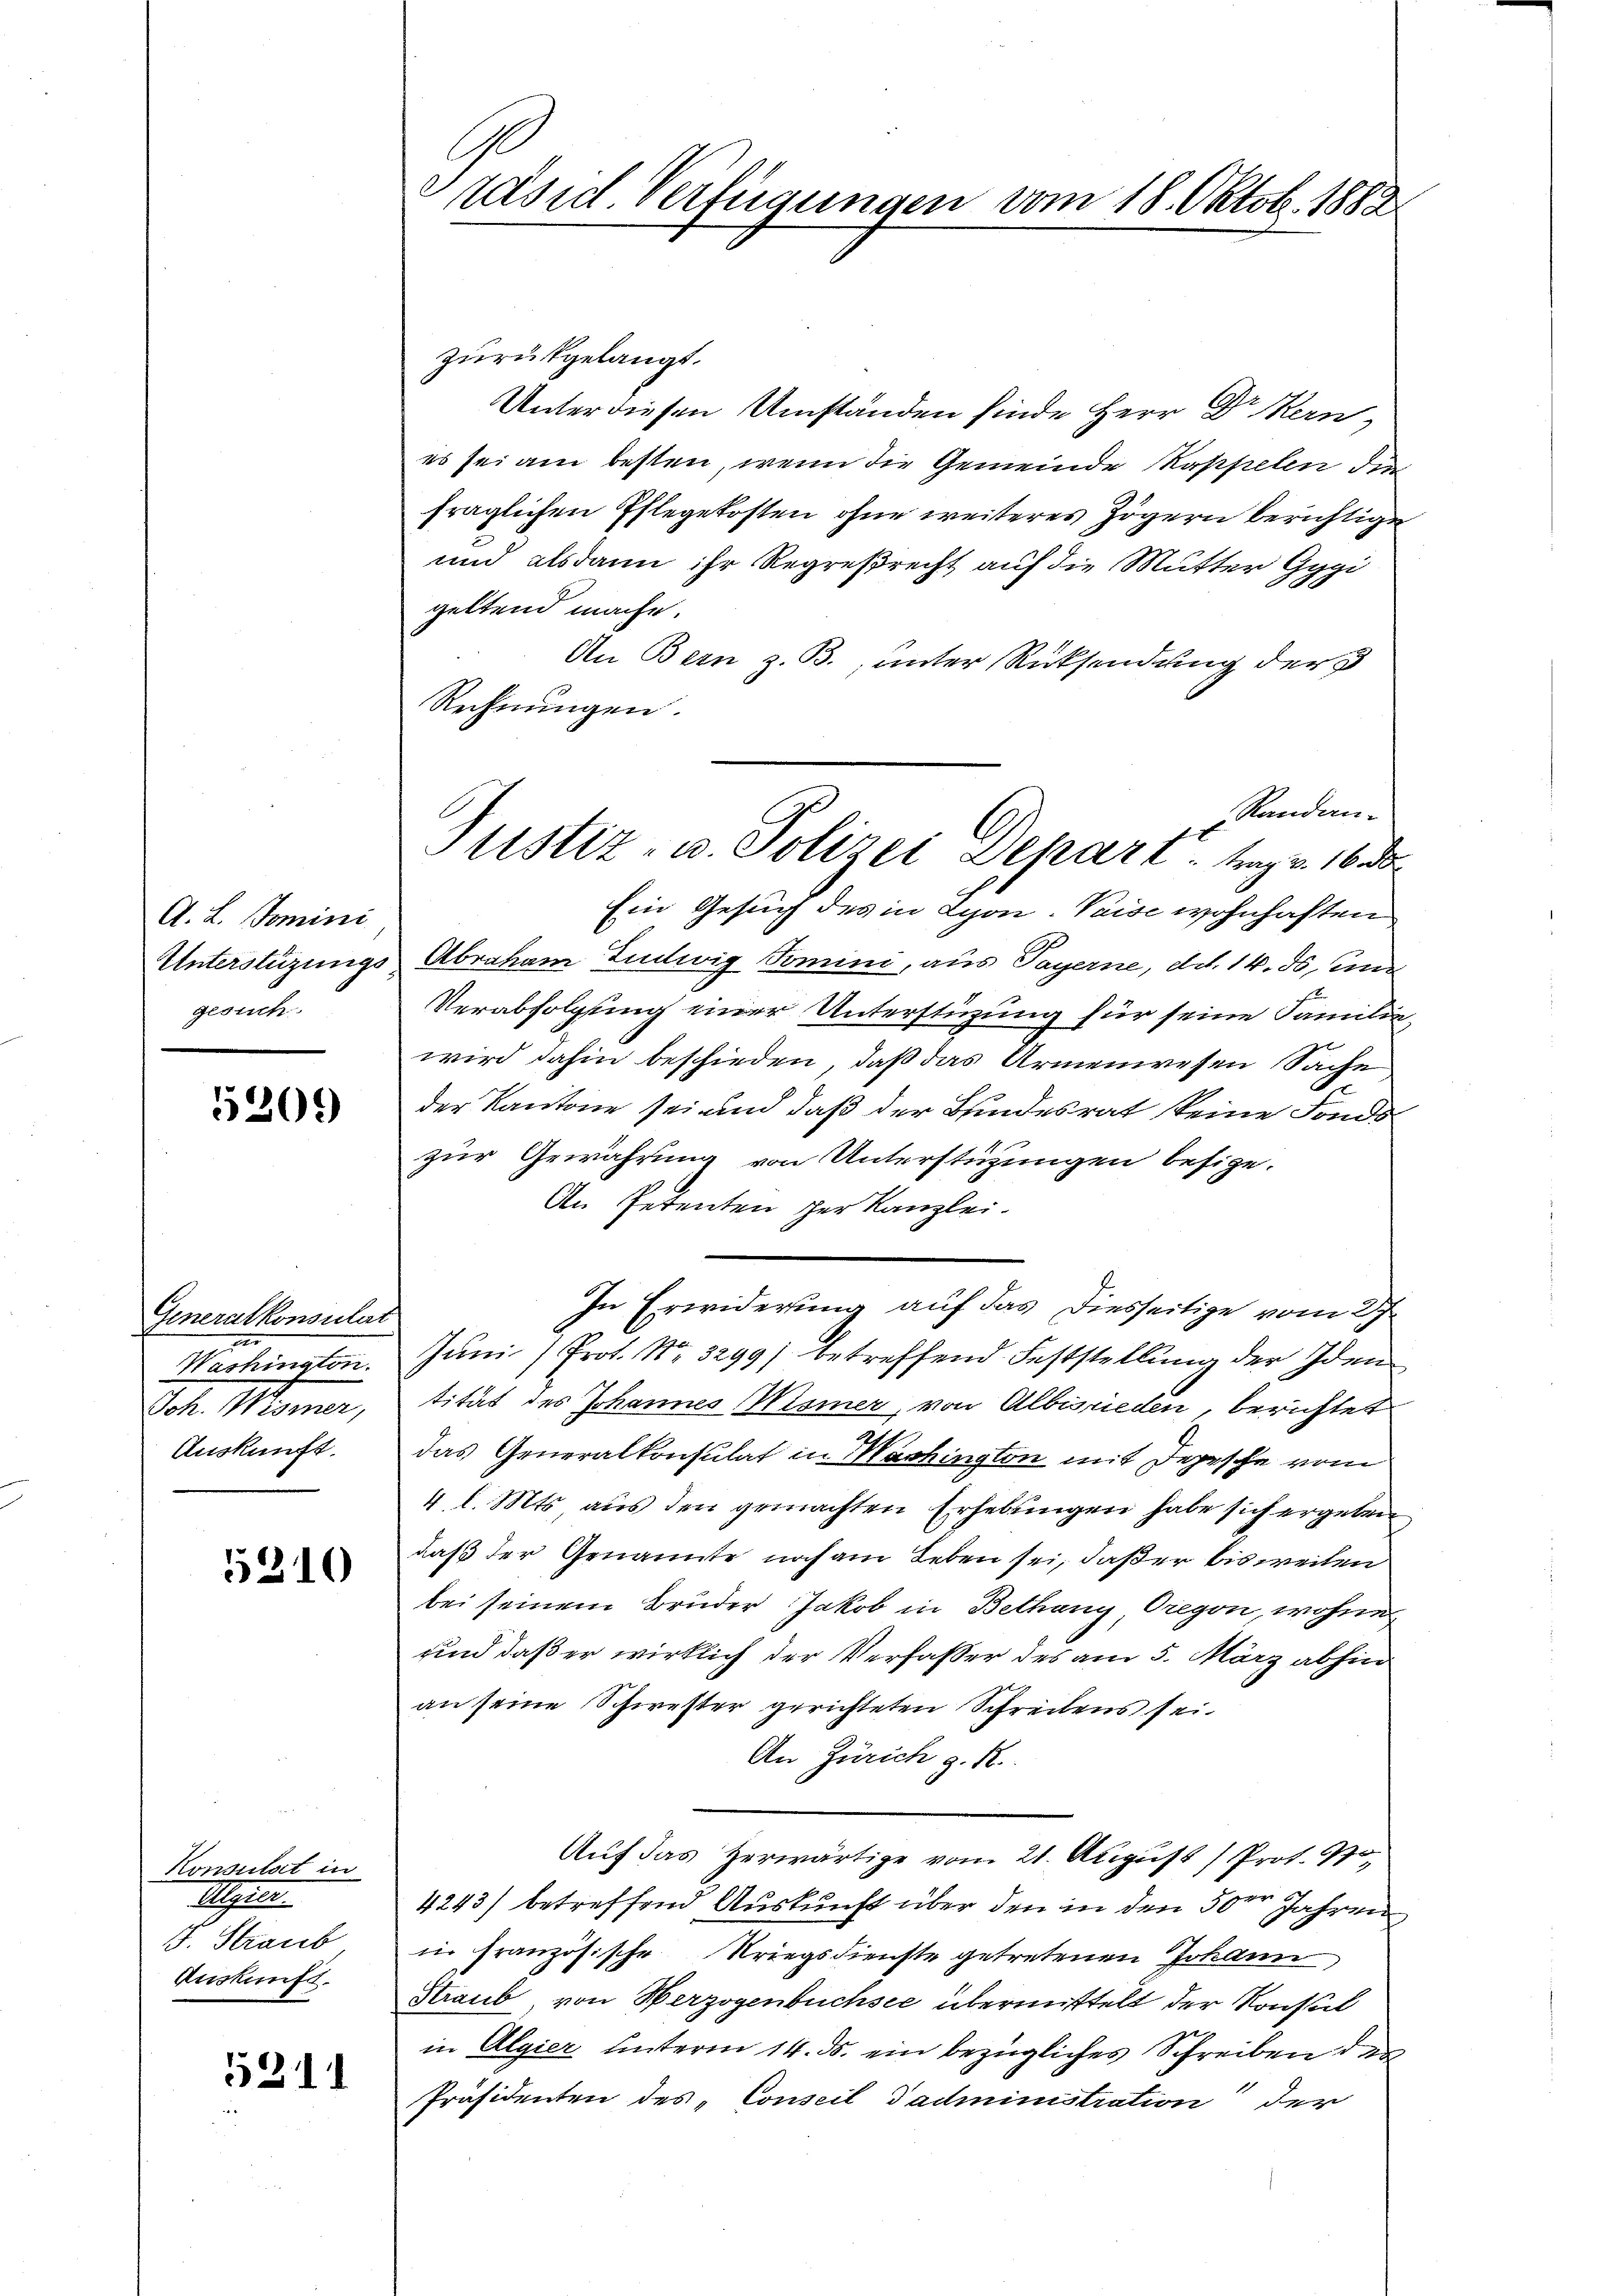
A. L. Domini
gesuch

5209

Generalkonsulat
Martinister.
Joh. Wismer,
Auskunft.

5310

Konsulat in
Algien
J. Straub
Auskunft.

5211

l
räsid. Verfügungen vom 18. Oktob. 1882.

zurückgelangt.
Unterdiesen Umständen finde Herr Dr Kern,
es sei am besten, wenn die Gemeinde Kappelen die
fraglichen Pflegekosten ohne weiteres Zögern berichtigen
und alsdann ihr Regreßrecht auf die Mutter Gygi
geltend mache.
An Bern z. B., unter Rücksendung der
Rechnungen.
Randan-
Ein Gesuch des in Lyon-Vaise wohnhaften
Unterstüzungs Abraham Ludwig Tomini, aus Payerne, d. 14. ds, und
Verabfolgung einer Unterstüzung für seine Familie,
wird dahin beschieden, daß das Armenwesen Sache
der Kantone sei und daß der Bundesrat keine Fonds
zur Gewährung von Unterstüzungen besize.
An Petenten der Kanzlei.
In Erwiderung auf das Diesseitige vom 27
Juni / Prot. Nr. 3299) betreffend Feststellung der Iden
tität des Johannes Wismer, von Albisrieden, berichtet
das Generalkonsulat in Machington mit Depesche vom
4. l. Mts. aus den gemachten Erhebungen habe sich ergeben
daß der Genannte noch am Leben sei, daß er bis weiten
bei seinem Bruder Jakob in Bethang Oregen, wohne
und daß er wirklich der Verfasser des am 5. März absin
an seine Schwester gerichteten Schreibens sei.
An Zürich z. R.
Auf das Herwärtige vom 21. August / Prot. No
4243) betreffend Auskunft über den in den 30ten Jahren
in französische Kriegsdienste getretenen Johann
Staub, von Herzogenbüchsee übermittelt der Konseil
in Algier unterm 14. ds. ein bezügliches Schreiben der
Präsidenten des „Conseil Tadministration der

Justiz- u. Polizei Depart. Mag. 16 de